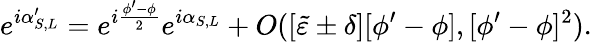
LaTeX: e^{i\alpha_{S,L}^{\prime}}=e^{i\frac{\phi^{\prime}-\phi}{2}}e^{i\alpha_{S,L}}+O([\tilde{\varepsilon}\pm\delta][\phi^{\prime}-\phi],[\phi^{\prime}-\phi]^{2}).